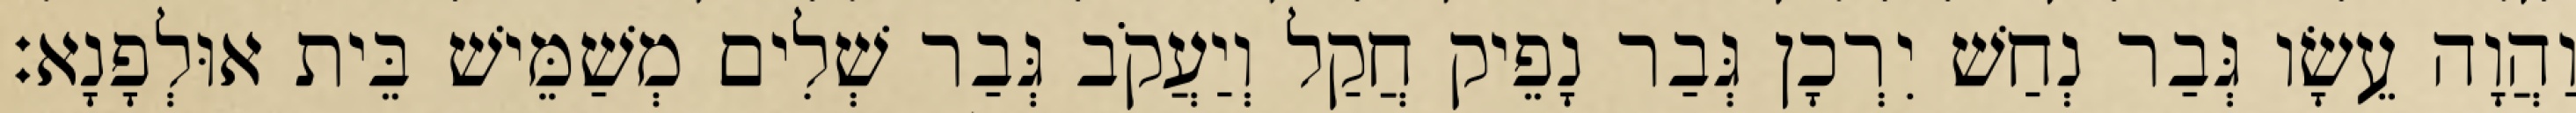
וַהֲוָה עֵשָׂו גְּבַר נְחַשׁ יִרְכָן גְּבַר נָפֵיק חֲקַל וְיַעֲקֹב גְּבַר שְׁלִים מְשַׁמֵּישׁ בֵּית אוּלְפָנָא׃